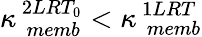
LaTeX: \kappa_{\, \, memb}^{\, 2LRT_{0}}<\kappa_{\, \, memb}^{\, 1LRT}